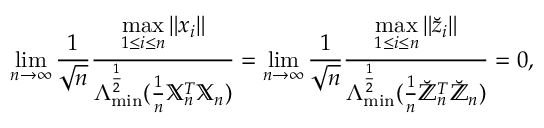
\operatorname* { l i m } _ { n \rightarrow \infty } \frac { 1 } { \sqrt { n } } \frac { \underset { 1 \leq i \leq n } { \operatorname* { m a x } } \left\Vert \boldsymbol { x } _ { i } \right\Vert } { \Lambda _ { \operatorname* { m i n } } ^ { \frac { 1 } { 2 } } ( \frac { 1 } { n } \mathbb { X } _ { n } ^ { T } \mathbb { X } _ { n } ) } = \operatorname* { l i m } _ { n \rightarrow \infty } \frac { 1 } { \sqrt { n } } \frac { \underset { 1 \leq i \leq n } { \operatorname* { m a x } } \left\Vert \boldsymbol { \breve { z } } _ { i } \right\Vert } { \Lambda _ { \operatorname* { m i n } } ^ { \frac { 1 } { 2 } } ( \frac { 1 } { n } \mathbb { \breve { Z } } _ { n } ^ { T } \mathbb { \breve { Z } } _ { n } ) } = 0 ,